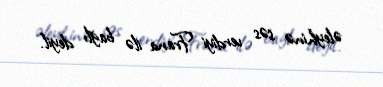
əleyhinə səs verdiyi Frana ilə bağlı deyil.